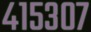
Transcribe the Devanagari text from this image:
४१५३०७